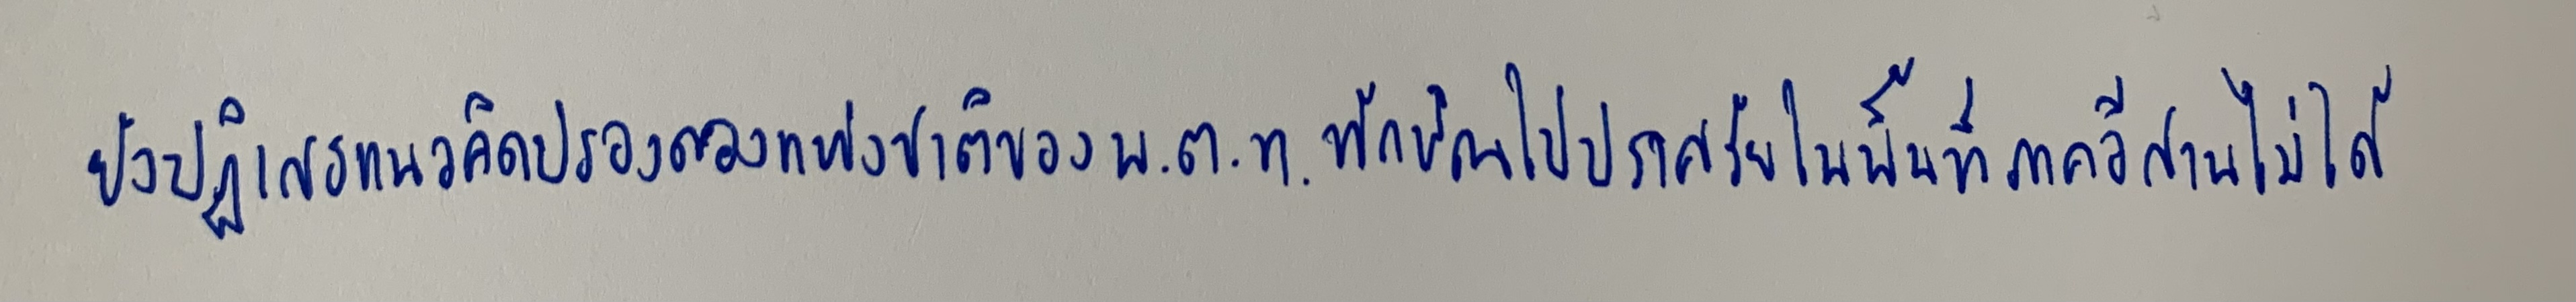
ยังปฏิเสธแนวคิดปรองดองแห่งชาติของพ.ต.ท.ทักษิณไปปราศรัยในพื้นที่ภาคอีสานไม่ได้